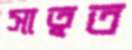
সাত্বত